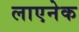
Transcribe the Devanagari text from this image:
लाएनेक